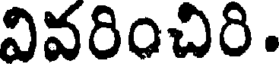
వివరించిరి.